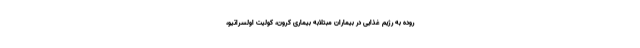
روده به رژیم غذایی در بیماران مبتلابه بیماری کرون، کولیت اولسراتیو،